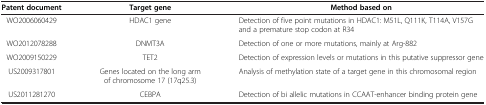
| Patent document | Target gene | Method based on |
 | --- | --- | --- |
 | WO2006060429 | HDAC1 gene | Detection of five point mutations in HDAC1: M51L, Q111K, T114A, V157G and a premature stop codon at R34 |
 | WO2012078288 | DNMT3A | Detection of one or more mutations, mainly at Arg-882 |
 | WO2009150229 | TET2 | Detection of expression levels or mutations in this putative suppressor gene |
 | US2009317801 | Genes located on the long arm of chromosome 17 (17q25.3) | Analysis of methylation state of a target gene in this chromosomal region |
 | US2011281270 | CEBPA | Detection of bi allelic mutations in CCAAT-enhancer binding protein gene |